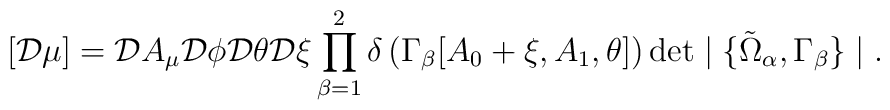
[{\cal D} \mu] = {\cal D} A_\mu         {\cal D} \phi		 {\cal D} \theta		 {\cal D} \xi		 \prod^2_{\beta = 1}           \delta\left(\Gamma_{\beta}[A_0 + \xi, A_1, \theta]\right)        \det \mid \{\tilde{\Omega}_{\alpha}, \Gamma_{\beta}\} \mid.